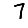
Digit: 7